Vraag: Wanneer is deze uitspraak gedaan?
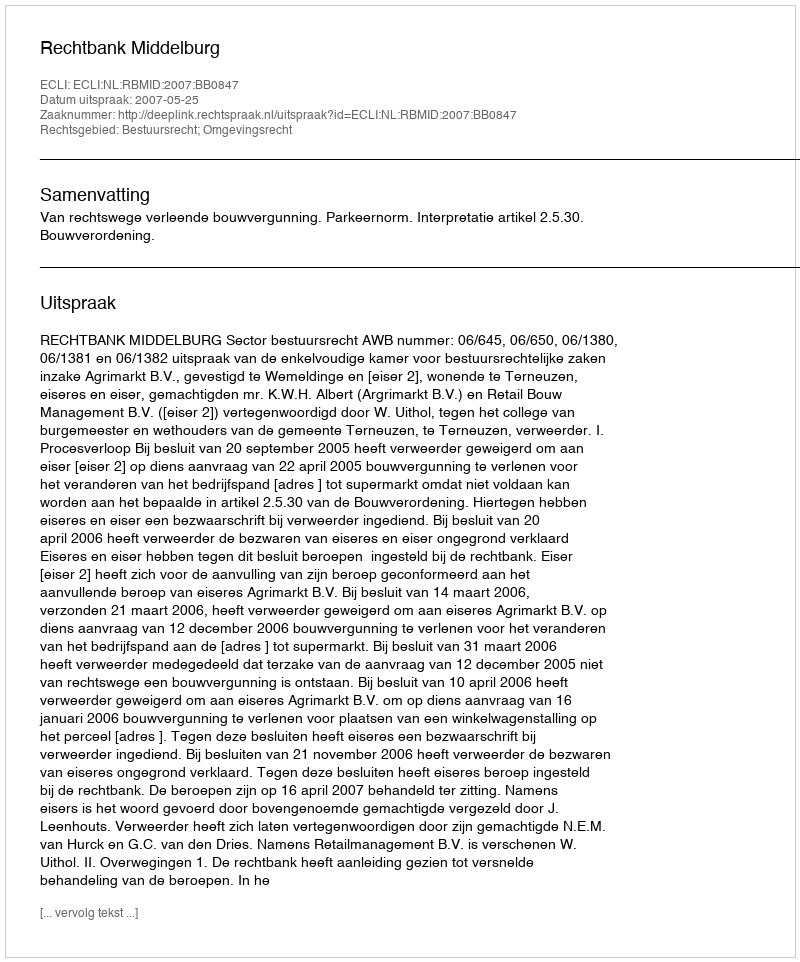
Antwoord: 2007-05-25